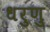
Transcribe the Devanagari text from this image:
धरुणु